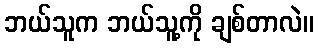
ဘယ်သူက ဘယ်သူ့ကို ချစ်တာလဲ။